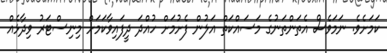
ކަމަށެވެ. ނަމަވެސް އެތަންތަނުގެ މަސައްކަތް އަލުން ފެށުމަށް ހުއްދަ ދީފައިވާކަމަށް މިނިސްޓަރު ވިދާޅެއް